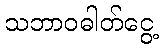
သဘာဝဓါတ်ငွေ့